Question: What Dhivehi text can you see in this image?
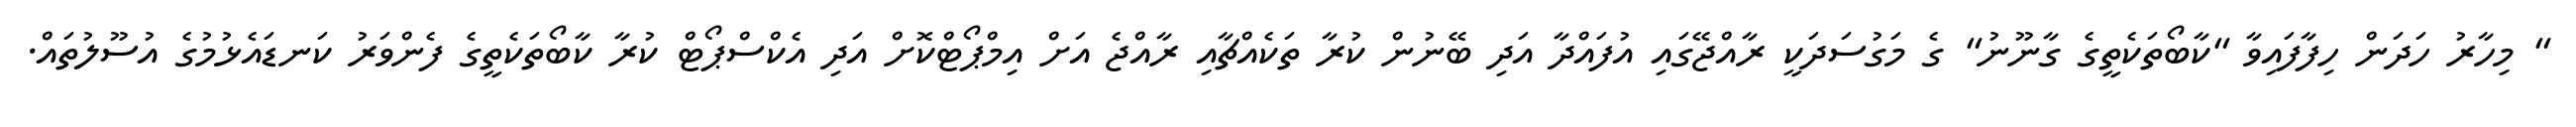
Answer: " މިހާރު ހަދަން ހިފާފައިވާ "ކާބޯތަކެތީގެ ގާނޫނު" ގެ މަގުސަދަކީ ރާއްޖޭގައި އުފައްދާ އަދި ބޭނުން ކުރާ ތަކެއްޗާއި ރާއްޖެ އަށް އިމްޕޯޓްކޮށް އަދި އެކްސްޕޯޓް ކުރާ ކާބޯތަކެތީގެ ފެންވަރު ކަނޑައެޅުމުގެ އުސޫލުތައް.